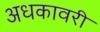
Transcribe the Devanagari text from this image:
अधकावरी